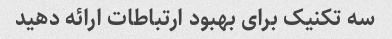
سه تکنیک برای بهبود ارتباطات ارائه دهید